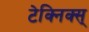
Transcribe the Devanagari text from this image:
टेक्निक्स्